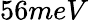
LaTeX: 56meV